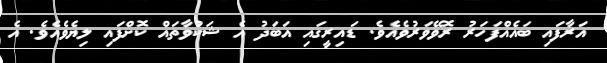
އަރާފައި ބައެއްފަހަރު ރޮވޭވަރުވެއެވެ. ޑައިރީގައި އަބަދު އެ ޝަކުވާތައް ކޮށްފައި ލިޔެވެއެވެ. އެ